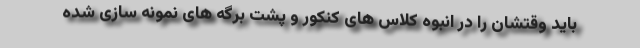
باید وقتشان را در انبوه کلاس های کنکور و پشت برگه های نمونه سازی شده